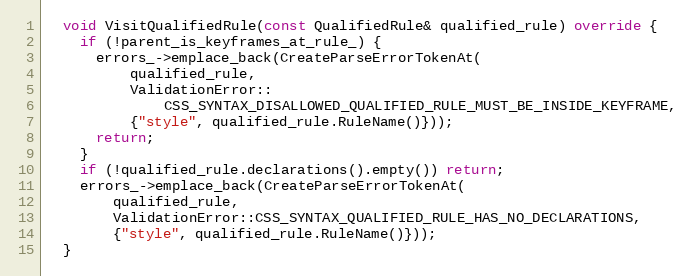
Language: C++
  void VisitQualifiedRule(const QualifiedRule& qualified_rule) override {
    if (!parent_is_keyframes_at_rule_) {
      errors_->emplace_back(CreateParseErrorTokenAt(
          qualified_rule,
          ValidationError::
              CSS_SYNTAX_DISALLOWED_QUALIFIED_RULE_MUST_BE_INSIDE_KEYFRAME,
          {"style", qualified_rule.RuleName()}));
      return;
    }
    if (!qualified_rule.declarations().empty()) return;
    errors_->emplace_back(CreateParseErrorTokenAt(
        qualified_rule,
        ValidationError::CSS_SYNTAX_QUALIFIED_RULE_HAS_NO_DECLARATIONS,
        {"style", qualified_rule.RuleName()}));
  }